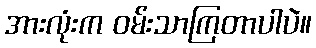
အားလုံးက ဝမ်းသာကြတာပါပဲ။